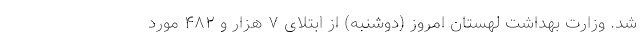
شد. وزارت بهداشت لهستان امروز (دوشنبه) از ابتلای ۷ هزار و ۴۸۲ مورد